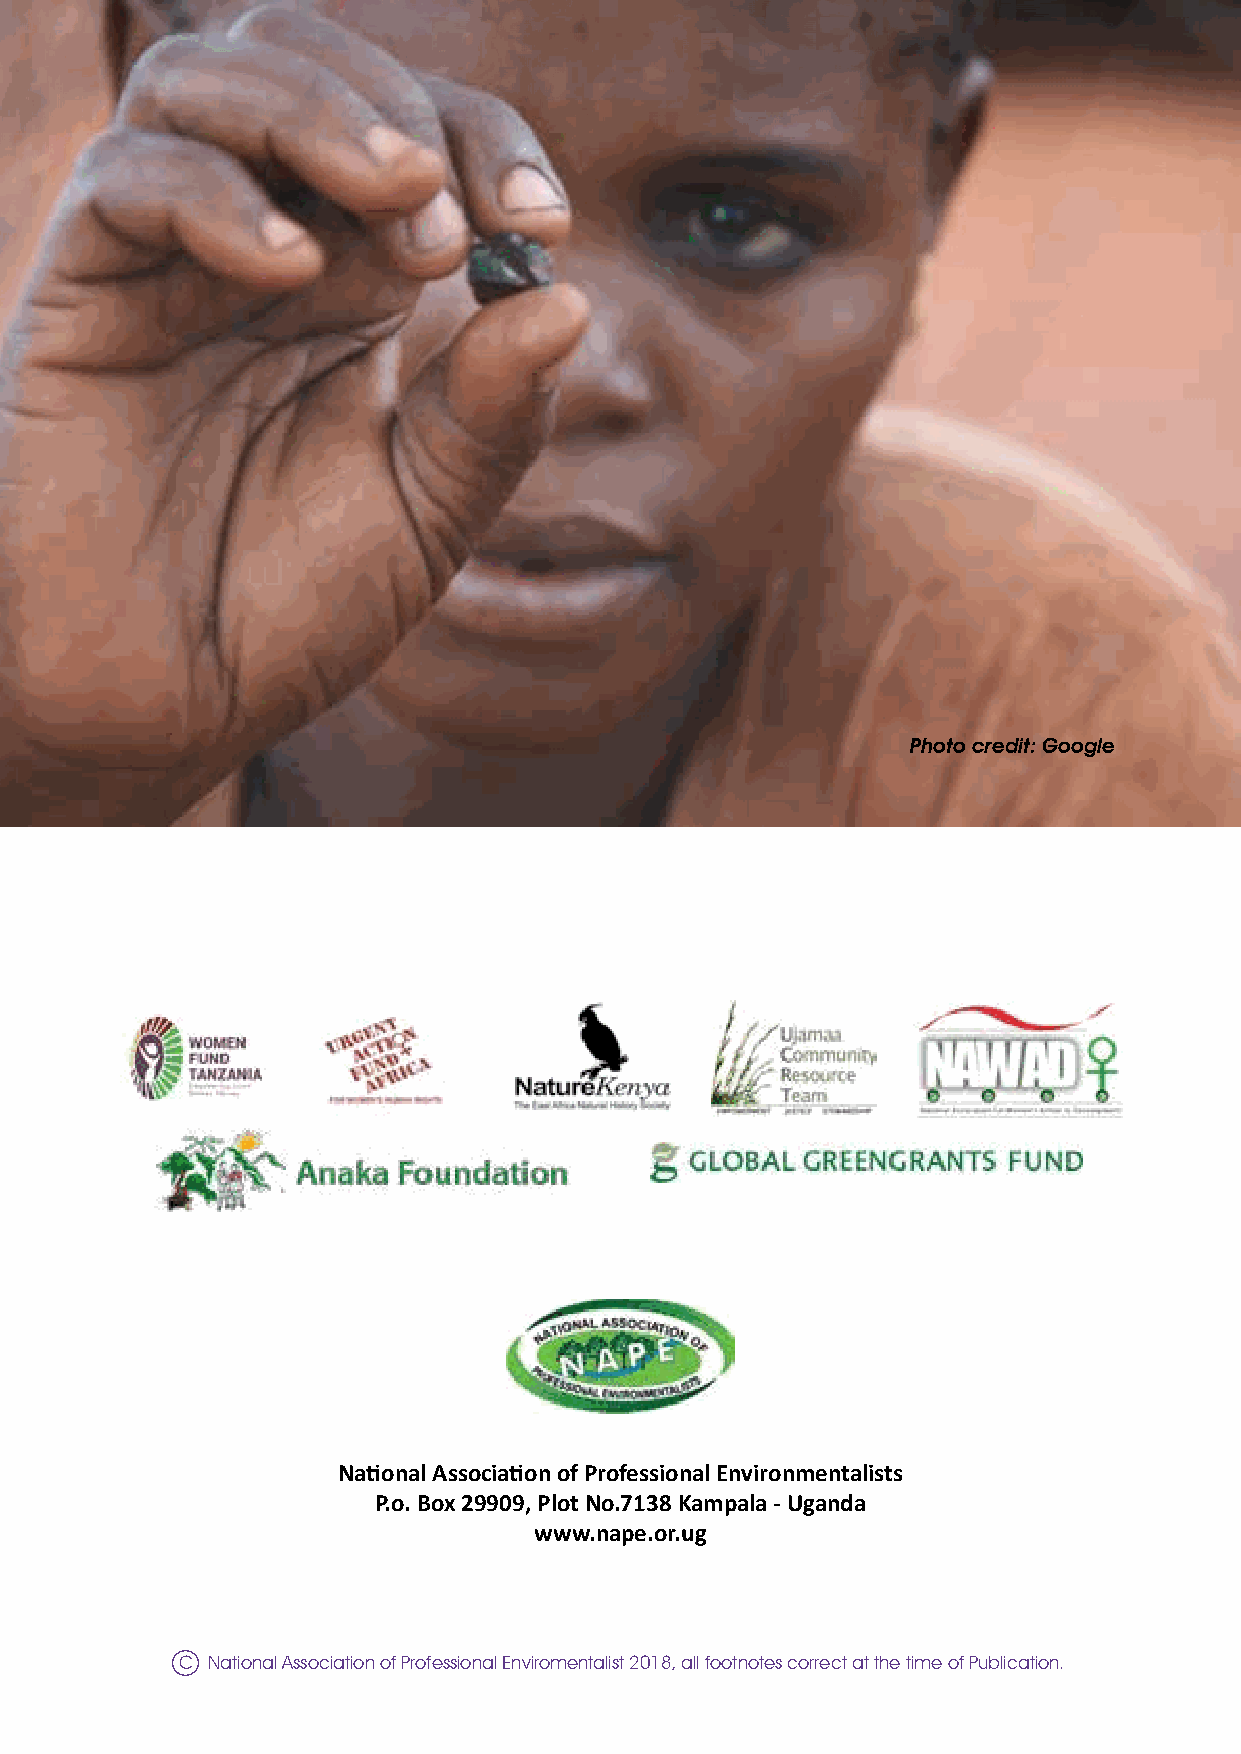
N
 S
 E
 P
 M
 E
 E
 Photo credit: Google                          C
 I                                                                                   I
 C
 E
 E
 M
 P
 E
 S
 National Association of Professional Environmentalists
 N
 P.o. Box 29909, Plot No.7138 Kampala - Uganda
 www.nape.or.ug
 C National Association of Professional Enviromentalist 2018, all footnotes correct at the time of Publication.